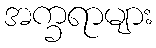
အက္ခရာများ